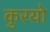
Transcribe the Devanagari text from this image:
कुरयो